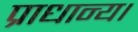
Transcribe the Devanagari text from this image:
प्राधान्य।